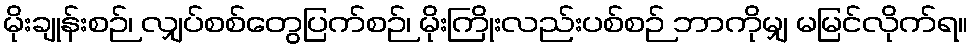
မိုးချုန်းစဉ်၊ လျှပ်စစ်တွေပြက်စဉ်၊ မိုးကြိုးလည်းပစ်စဉ် ဘာကိုမျှ မမြင်လိုက်ရ။